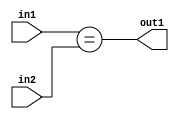
`timescale 1ps / 1ps
/*****************************************************************************
    Verilog RTL Description
    
    
    Created by: Stratus DpOpt 2019.1.01 
*******************************************************************************/

module cache_Equal_8Ux2U_1U_1 (
	in2,
	in1,
	out1
	); /* architecture "behavioural" */ 
input [7:0] in2;
input [1:0] in1;
output  out1;
wire  asc001;

assign asc001 = (in1==in2);

assign out1 = asc001;
endmodule

/* CADENCE  urnwTgo= : u9/ySgnWtBlWxVPRXgAZ4Og= ** DO NOT EDIT THIS LINE ******/